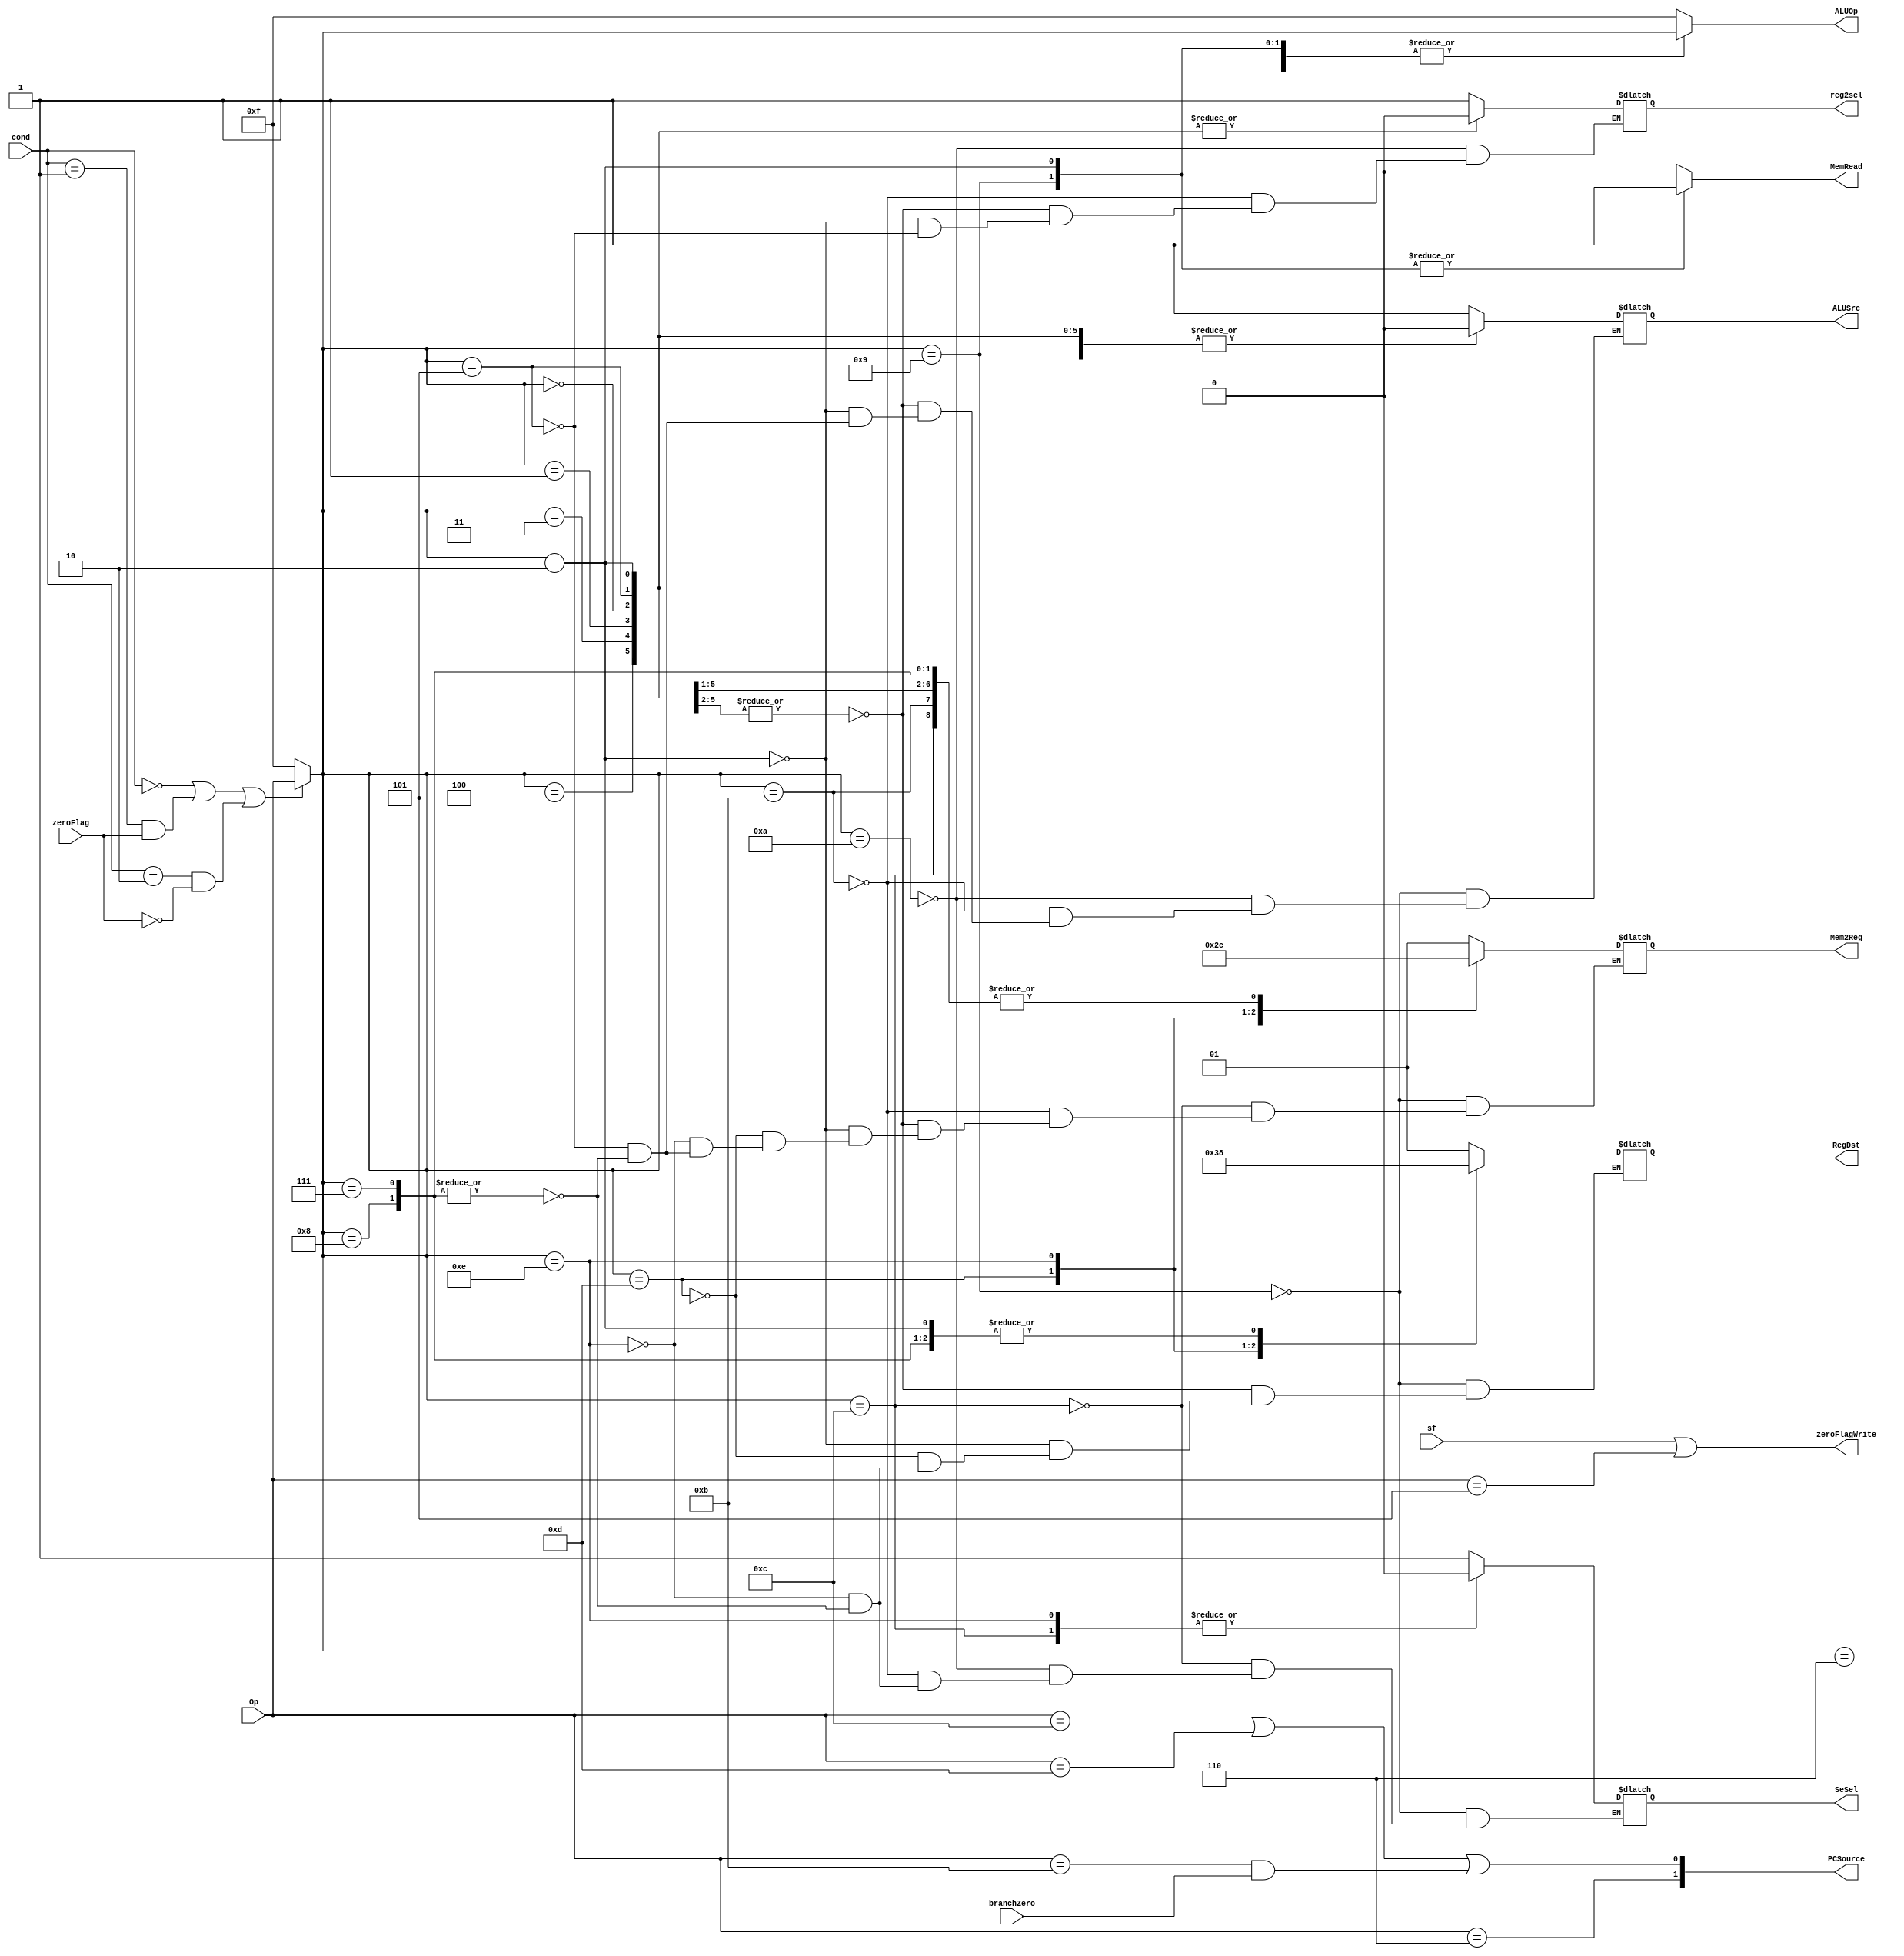
module controlUnit (
    input [4:0] Op,
    input [1:0] cond,
    input zeroFlag,
    input branchZero,
    input sf,
    output reg reg2sel,
    output reg[1:0] Mem2Reg,
    output reg MemRead,ALUSrc,
    output reg [1:0] RegDst,
    output [1:0] PCSource,
    output reg [4:0] ALUOp,
    output reg SeSel,
    output reg zeroFlagWrite
);
reg [4:0] temp =0 ;
assign zeroFlagWrite = sf || Op == 5'b00101;
assign PCSource[0] = Op==5'b01100 || Op == 5'b01101 || (Op==5'b01011 & branchZero);
assign PCSource[1] = Op==5'b00110;
always @(*)
    begin
 if(cond == 0 || cond == 1 & zeroFlag == 1 || cond == 2 & zeroFlag == 0) begin
   temp = Op;
 end
 else temp = 5'b01111;
   ALUOp <= temp;
 case(temp)  
5'b01001:
    begin  //LW
    RegDst <=2'b01;
    ALUSrc <= 1;
    MemRead <=1;
    Mem2Reg <=1;
    SeSel <= 1;
    end
 5'b01100:
    begin // J
    MemRead <=0;
    Mem2Reg <=0;
    SeSel <= 0;
    end
 5'b01010:
    begin //SW
    ALUSrc <= 1;
    MemRead <=0;
    reg2sel<=1;
    SeSel <= 1;
    end
  5'b01011: //BEQ
    begin
    ALUSrc <= 0;
    MemRead <=0;
    Mem2Reg <=0;
    SeSel <= 1;
    reg2sel<=1;
    end
 5'b00110:
    begin // JR
    MemRead <=0;
    end
 5'b00000,5'b00001,5'b00011,5'b00100: //Rtype
    begin
    RegDst <=2'b00;
    ALUSrc <= 0;
    MemRead <=0;
    Mem2Reg <=0;
    reg2sel<=0;
    end
   
   5'b00010: begin //LWS
    RegDst <=2'b00;
    ALUSrc <= 0;
    MemRead <=1;
    Mem2Reg <= 1;
    reg2sel<=0;
   end
 5'b01101:
    begin // JAL
    RegDst <=2'b11;
    MemRead <=0;
    Mem2Reg <= 2;
    end
 5'b01110:
    begin // LUI
    RegDst <=2'b10;
    MemRead <=0;
    Mem2Reg <= 3;
    SeSel <= 0;
    end
 5'b00101:
    begin // CMP
    ALUSrc <= 0;
    MemRead <=0;
    Mem2Reg <=0;
    reg2sel<=0;
    end
    5'b00111,5'b01000:
    begin // ANDI & ADDI
    RegDst <=2'b00;
    ALUSrc <= 1;
    MemRead <=0;
    Mem2Reg <=0;
    SeSel <= 1;
    end
    default:
    begin
      ALUOp <= 5'b01111;
      MemRead <= 0;
    end
    
 endcase
        end
    
endmodule